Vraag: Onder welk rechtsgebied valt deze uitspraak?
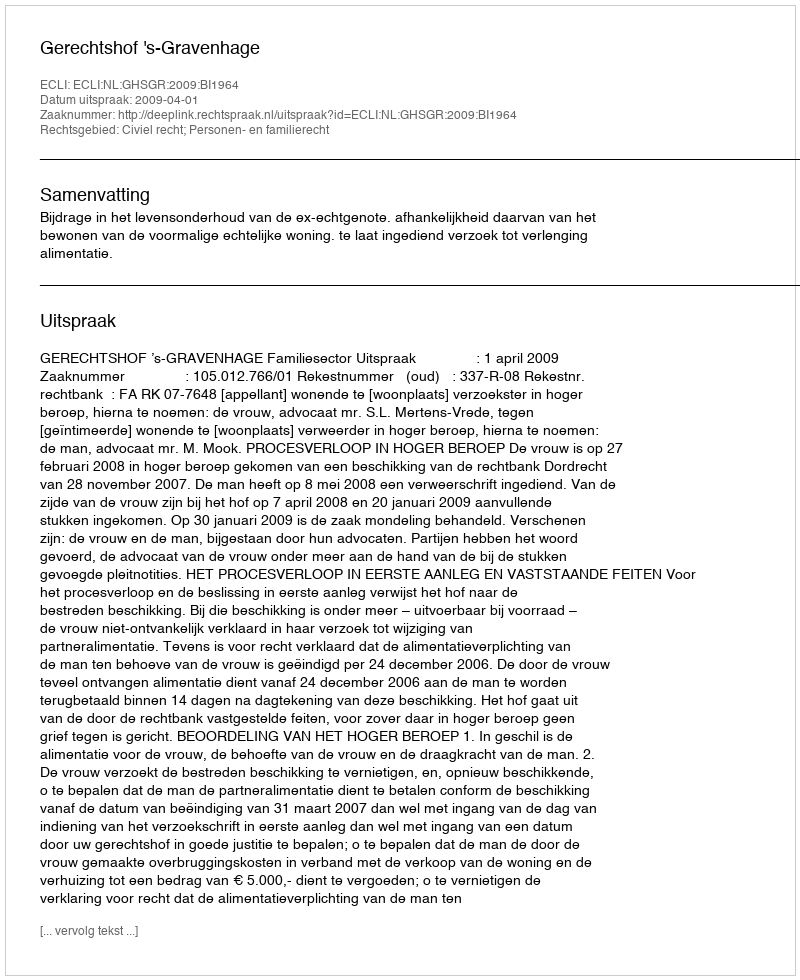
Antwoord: Civiel recht; Personen- en familierecht